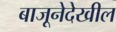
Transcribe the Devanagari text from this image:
बाजूनेदेखील